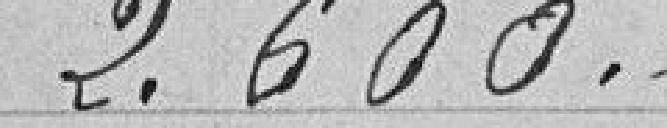
2.600 francs